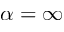
\alpha = \infty